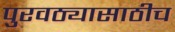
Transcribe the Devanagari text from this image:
पुरवठ्यासाठीच